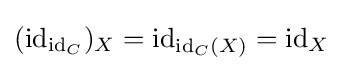
(\mathrm {id} _{\mathrm {id} _{C}})_{X}=\mathrm {id} _{\mathrm {id} _{C}(X)}=\mathrm {id} _{X}